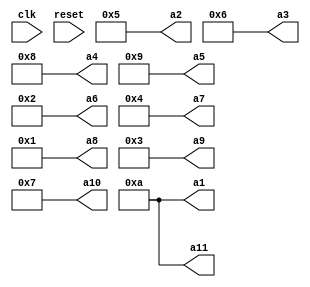
module CSE_Bubble(clk,reset,a1,a2,a3,a4,a5,a6,a7,a8,a9,a10,a11);

input clk;
input reset;
reg [31:0] PC;

reg [1:0] R_type;
reg [1:0] I_type;
reg [1:0] J_type;

reg [31:0] rt;
reg [31:0] rs;
reg [31:0] rd;

reg [5:0]ins_op_code;

reg [5:0]ins_func;
reg [4:0]ins_rs;
reg [4:0]ins_rt;
reg [4:0]ins_rd;
reg [4:0]ins_shamt;

reg [25:0] address;

reg [15:0] imm;


reg [31:0] Memory[31:0];
reg [31:0] instruction;
reg [31:0]R[31:0];
reg [31:0]Data[31:0];
  
output [31:0] a1,a2,a3,a4,a5,a6,a7,a8,a9,a10,a11;

initial begin
  //Instructions
  Memory[0] = 32'b100011_01010_00000_0000000000000000;     //load array size in R[0]
  Memory[1] = 32'b100011_01011_00001_0000000000000000;     //load 0 in R[1]	
  Memory[2] = 32'b100011_01011_00010_0000000000000000;     //load i=0 in R[2]
  //loop i starts
  Memory[3] = 32'b101011_00001_01101_0000000000000000;
  Memory[4] = 32'b100011_01101_00011_0000000000000000;     //load address $a in R[3]		
  Memory[5] = 32'b100011_01011_01001_0000000000000000;     //load j=0 in R[9]
  Memory[6] = 32'b100011_01100_00100_0000000000000000;     //load arry size-1=9 in R[4]
  Memory[7] = 32'b000000_00100_00010_00100_00000_100010;   //sub for n-1-i in R[4]
  //start of loopj
  Memory[8] = 32'b100100_00011_00101_0000000000000001;	//lw 4($a0) in R[5]	
  Memory[9] = 32'b100100_00011_00110_0000000000000000;	//lw 0($a0) in R[6]			
  Memory[10] = 32'b000000_00101_00110_00111_00000_101010; //slt in R[7] if R[5]>R[6]	then R[7]=1
  Memory[11] = 32'b000100_00111_00001_0000000000000100; //beq address not set		
  Memory[12] = 32'b100100_00011_01000_0000000000000001;	//lw 4($a0) in R[8]=R[5]
  Memory[13] = 32'b100100_00011_01001_0000000000000000;	//lw 0($a0) in R[9]=R[6]		
  Memory[14] = 32'b101100_01000_00011_0000000000000000;	//sw R[6] in R[5]
  Memory[15] = 32'b101100_01001_00011_0000000000000001;	//sw R[8] in R[6]
  Memory[16] = 32'b001000_01001_01001_0000000000000001;	//addi 1 in j
  Memory[17] = 32'b001000_00011_00011_0000000000000001;	//addi 1 in $a0
  Memory[18] = 32'b101011_00011_01101_0000000000000000; //for updating ss no.
  Memory[19] = 32'b000110_01001_00100_0000000000011100;//ble  loopj address not set		
  //end loopj
  Memory[20] = 32'b001000_00010_00010_0000000000000001;	//addi 1 in i
  Memory[21] = 32'b000110_00010_00000_0000000000001000;//ble loop i address not set		
end

integer i = 0;
always@(reset)
begin
  for(i = 0;i<32;i = i+1)
  begin
    R[i] = 32'b0;
    if(i>13)
      begin
    	Data[i] = 32'b0;
      end
  end
  //Data
  Data[0] = 32'b00000000000000000000000000001010;		//10
  Data[1] = 32'b00000000000000000000000000000101;		//5
  Data[2] = 32'b00000000000000000000000000000110;		//6
  Data[3] = 32'b00000000000000000000000000001000;		//8
  Data[4] = 32'b00000000000000000000000000001001;		//9
  Data[5] = 32'b00000000000000000000000000000010;		//2
  Data[6] = 32'b00000000000000000000000000000100;		//4
  Data[7] = 32'b00000000000000000000000000000001;	  //1
  Data[8] = 32'b00000000000000000000000000000011;		//3
  Data[9] = 32'b00000000000000000000000000000111;   //7
  Data[10] = 32'b00000000000000000000000000001010;	//array size=10
  Data[11] = 32'b0000000000000000000000000000000;		//0
  Data[12] = 32'b0000000000000000000000000001001;		//array size-1=9
  Data[13] = 32'b0000000000000000000000000000000;  //address of array

  PC = 0;
  I_type = 0;
  J_type = 0;
  R_type = 0;
end

always@(posedge clk)
begin
  instruction = Memory[PC>>2];
  ins_op_code = instruction[31:26];
  PC = PC + 4;

  if (ins_op_code == 0) 
  begin

    R_type = 1;
    I_type = 0;
    J_type = 0;

    ins_rs = instruction[25:21];
    ins_rt = instruction[20:16];
    ins_rd = instruction[15:11];
    ins_shamt = instruction[10:6];
    ins_func = instruction[5:0];

    rd = R[ins_rd];
    rs = R[ins_rs];
    rt = R[ins_rt];
 
    if (ins_func == 0)//sll
    begin
      R[ins_rt] = R[ins_rd]<<ins_shamt;
    end

    else if (ins_func == 2)//srl
    begin
      R[ins_rt] = R[ins_rd]>>ins_shamt;
    end
 
    else if (ins_func == 8)//jr
    begin
      PC = R[ins_rs];
    end

    else if (ins_func == 32)//add
    begin
      R[ins_rd] = R[ins_rs] + R[ins_rt];
    end
 
    else if (ins_func == 33)//addu
    begin
      R[ins_rd] = R[ins_rs] + R[ins_rt];
    end

    else if (ins_func == 34)//sub
    begin
      R[ins_rd] = R[ins_rs] - R[ins_rt];
    end

    else if (ins_func == 35)//subu
    begin
      R[ins_rd] = R[ins_rs] - R[ins_rt];
    end

    else if (ins_func == 36)//and
    begin
      R[ins_rd] = R[ins_rs] & R[ins_rt];
    end

    else if (ins_func == 37)//or
    begin
      R[ins_rd] = R[ins_rs] | R[ins_rt];
    end

    else if (ins_func == 42)//slt
    begin
      if(R[ins_rs] < R[ins_rt])
      begin
        R[ins_rd] = 32'd1;
      end
      else 
      begin
        R[ins_rd] = 32'd0;
      end
    end
  end

  else begin
    address = instruction[25:0];
    ins_rs = instruction[25:21];
    ins_rt = instruction[20:16];
    imm = instruction[15:0];

    rs = R[ins_rs];
    rt = R[ins_rt];

    if (ins_op_code == 2)//j
    begin
      R_type = 0;
      I_type = 0;
      J_type = 1;
      PC = {PC[31:28], address, 2'b00};
    end

    else if (ins_op_code == 3)//jal
    begin
      R[31] = PC + 4;
      R_type = 0;
      I_type = 0;
      J_type = 1;
      PC = {PC[31:28], address, 2'b00};
    end

    else if (ins_op_code == 4)//beq
    begin
      R_type = 0;
      I_type = 1;
      J_type = 0;
      if (R[ins_rs] == R[ins_rt])
      begin
        PC = PC + {imm,2'b00};
      end
    end

    else if (ins_op_code == 5)//bne
    begin
      R_type = 0;
      I_type = 1;
      J_type = 0;
      if (R[ins_rs] != R[ins_rt])
      begin
        PC = PC + {imm,2'b00};
      end
    end
    
    else if (ins_op_code == 6)//ble
    begin
      R_type = 0;
      I_type = 1;
      J_type = 0;
      if (R[ins_rs] < R[ins_rt])
      begin
        PC = imm;
      end
    end

    else if (ins_op_code == 08)//addi
    begin
      R_type = 0;
      I_type = 1;
      J_type = 0;
      R[ins_rt] = R[ins_rs] + imm; 
      
    end

    else if (ins_op_code == 09)//addui
    begin
      R_type = 0;
      I_type = 1;
      J_type = 0;
      R[ins_rt] = R[ins_rs] + imm; 
      
    end

    else if (ins_op_code == 10)//slti
    begin
      R_type = 0;
      I_type = 1;
      J_type = 0;
      R[ins_rt] = R[ins_rs] < imm; 
    end

    else if (ins_op_code == 12)//andi
    begin
      R_type = 0;
      I_type = 1;
      J_type = 0;
      R[ins_rt] = R[ins_rs] & imm; 
      
    end

    else if (ins_op_code == 13)//ori
    begin
      R_type = 0;
      I_type = 1;
      J_type = 0;
      R[ins_rt] = R[ins_rs] | imm; 
      
    end

    else if (ins_op_code == 35)//lw
    begin
      R_type = 0;
      I_type = 1;
      J_type = 0;
      R[ins_rt] = Data[ins_rs + imm];
      
    end

    else if (ins_op_code == 43)//sw
    begin
      R_type = 0;
      I_type = 1;
      J_type = 0;
      Data[ins_rt] = R[ins_rs+ imm];
    end
    
    else if (ins_op_code == 36)
    begin
      R_type = 0;
      I_type = 1;
      J_type = 0;
      R[ins_rt] = Data[R[ins_rs]+imm];
    end
    
    else if (ins_op_code == 44)
    begin
      R_type = 0;
      I_type = 1;
      J_type = 0;
      Data[R[ins_rt]+imm] = R[ins_rs];
    end
  end

end
  
  assign a1=Data[0];
  assign a2=Data[1];
  assign a3=Data[2];
  assign a4=Data[3];
  assign a5=Data[4];
  assign a6=Data[5];
  assign a7=Data[6];
  assign a8=Data[7];
  assign a9=Data[8];
  assign a10=Data[9];
  assign a11=Data[10];
endmodule



module veda(clk, rst, write_enable, address, datain, mode, dataout);
  parameter p=32;
  input [4:0] address;
  input [p-1:0] datain;
  input write_enable,clk,rst,mode;
  output [p-1:0] dataout;

  reg [p-1:0] RF [p-1:0]; 
  reg [p-1:0] why1,why2;
  reg psmode,smode;
  
  always@(posedge clk)
  begin
    psmode<=smode;
    smode<=mode;
    why1<=why2;
    if(rst)
      begin:bye
        integer i;
        for(i=0;i<p;i=i+1)
          begin
            RF[i]=32'b0;
          end
      end
    else
      begin
        if(write_enable)
          RF[address] <=datain;
        why2<=RF[address];
      end
  end
  assign dataout=(psmode? why1:why2);
endmodule

module CountorUnit(OUT1addr,OUT2addr,INaddr,func1,Select,imm_signal,comp_signal,instruction);

input [31:0] instruction;
output reg [5:0] func1;
output reg imm_signal;
output reg [4:0] Select;
output reg [4:0] OUT1addr;
output reg [4:0] OUT2addr;
output reg [4:0] INaddr;
output reg comp_signal;
always @(instruction) 
begin
	func1 = instruction[5:0];
	// opcode=instruction[31:26];
	Select = instruction[25:21];
	INaddr = instruction[20:16];
	OUT2addr = instruction[15:11];
	OUT1addr = instruction[10:6];
	imm_signal = 1'b0;
	comp_signal = 1'b0;
	case (instruction[31:24])
		8'b00001000:
			imm_signal = 1'b1;
		8'b00001001:						
			comp_signal = 1'b1;
		default:;
	endcase
end
endmodule

module ALU(A,B,ALU_Sel,ALU_Out,CarryOut);
input [31:0] A,B;  // ALU 8-bit Inputs                 
input [4:0] ALU_Sel;// ALU Selection
output [31:0] ALU_Out; // ALU 8-bit Output
output CarryOut; // Carry Out Flag

reg [31:0] ALU_Result;
wire [32:0] tmp;
assign ALU_Out = ALU_Result; // ALU out
assign tmp = {1'b0,A} + {1'b0,B};
assign CarryOut = tmp[32]; // Carryout flag
always @(*)
begin
    case(ALU_Sel)
    5'b00000: // Addition
        ALU_Result = A + B ; 
    5'b00001: // Subtraction
        ALU_Result = A - B ;
    5'b00010: // Multiplication
        ALU_Result = A * B;
    5'b00011: // Division
        ALU_Result = A/B;
    5'b00100: // Logical shift left
        ALU_Result = A<<1;
      5'b00101: // Logical shift right
        ALU_Result = A>>1;
      5'b00110: // Rotate left
        ALU_Result = {A[6:0],A[7]};
      5'b00111: // Rotate right
        ALU_Result = {A[0],A[7:1]};
      5'b01000: //  Logical and 
        ALU_Result = A & B;
      5'b01001: //  Logical or
        ALU_Result = A | B;
      5'b01010: //  Logical xor 
        ALU_Result = A ^ B;
      5'b01011: //  Logical nor
        ALU_Result = ~(A | B);
      5'b01100: // Logical nand 
        ALU_Result = ~(A & B);
      5'b01101: // Logical xnor
        ALU_Result = ~(A ^ B);
      5'b01110: // Greater comparison
        ALU_Result = (A>B)?32'd1:32'd0 ;
      5'b01111: // Equal comparison   
        ALU_Result = (A==B)?32'd1:32'd0 ;
      default: ALU_Result = A + B ; 
    endcase
end
endmodule

module Instruction_Fetch_Decoder(clk,reset,PC,R_type,I_type,J_type,rt,rs,rd,ins_op_code,ins_func,ins_rs,ins_rt,ins_rd,ins_shamt,address,imm);

input clk;
input reset;
output reg [31:0] PC;

output reg [1:0] R_type;
output reg [1:0] I_type;
output reg [1:0] J_type;

output reg [31:0] rt;
output reg [31:0] rs;
output reg [31:0] rd;

output reg [5:0]ins_op_code;

output reg [5:0]ins_func;
output reg [4:0]ins_rs;
output reg [4:0]ins_rt;
output reg [4:0]ins_rd;
output reg [4:0]ins_shamt;

output reg [25:0] address;

output reg [15:0] imm;


reg [31:0] instruction;
reg [31:0]R[31:0];

integer i = 0;
always@(reset)
begin
  for(i = 0;i<32;i = i+1)
  begin
    R[i] = 32'b0;
  end

  PC = 32'b0;
  I_type = 0;
  J_type = 0;
  R_type = 0;
end


always@(posedge clk)
begin
  
  ins_op_code = instruction[31:26];
  PC = PC + 4;

  if (ins_op_code == 0) 
  begin

    R_type = 1;
    I_type = 0;
    J_type = 0;

    ins_rs = instruction[25:21];
    ins_rt = instruction[20:16];
    ins_rd = instruction[15:11];
    ins_shamt = instruction[10:6];
    ins_func = instruction[5:0];

    rd = R[ins_rd];
    rs = R[ins_rs];
    rt = R[ins_rt];
 
  end

  else begin
    address = instruction[25:0];
    ins_rs = instruction[25:21];
    ins_rt = instruction[20:16];
    imm = instruction[15:0];

    rs = R[ins_rs];
    rt = R[ins_rt];

    if (ins_op_code == 2)//j
    begin
      R_type = 0;
      I_type = 0;
      J_type = 1;
      PC = {PC[31:28], address, 2'b00};
    end

    else if (ins_op_code == 3)//jal
    begin
      R[31] = PC + 4;
      R_type = 0;
      I_type = 0;
      J_type = 1;
      PC = {PC[31:28], address, 2'b00};
    end

    else if (ins_op_code == 4)//beq
    begin
      R_type = 0;
      I_type = 1;
      J_type = 0;
      if (R[ins_rs] == R[ins_rt])
      begin
        PC = PC + {imm,2'b00};
      end
    end

    else if (ins_op_code == 5)//bne
    begin
      R_type = 0;
      I_type = 1;
      J_type = 0;
      if (R[ins_rs] != R[ins_rt])
      begin
        PC = PC + {imm,2'b00};
      end
    end

    else if (ins_op_code == 08)//addi
    begin
      R_type = 0;
      I_type = 1;
      J_type = 0;
      
    end

    else if (ins_op_code == 09)//addui
    begin
      R_type = 0;
      I_type = 1;
      J_type = 0;
      
    end

    else if (ins_op_code == 10)//slti
    begin
      R_type = 0;
      I_type = 1;
      J_type = 0;
    end

    else if (ins_op_code == 12)//andi
    begin
      R_type = 0;
      I_type = 1;
      J_type = 0;
      
    end

    else if (ins_op_code == 13)//ori
    begin
      R_type = 0;
      I_type = 1;
      J_type = 0;
      
    end

    else if (ins_op_code == 34)//lw
    begin
      R_type = 0;
      I_type = 1;
      J_type = 0;
      
    end

    else if (ins_op_code == 43)//sw
    begin
      R_type = 0;
      I_type = 1;
      J_type = 0;
    end
  end

end
endmodule